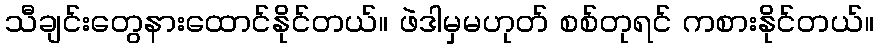
သီချင်းတွေနားထောင်နိုင်တယ်။ ဖဲဒါမှမဟုတ် စစ်တုရင် ကစားနိုင်တယ်။